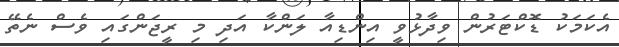
އެކަމަކު ޑޮކްޓަރުން ވިދާޅުވީ އިންޑިއާ ލަންކާ އަދި މި ރީޖަންގައި ވެސް ނެތޭ